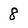
Character: 8